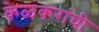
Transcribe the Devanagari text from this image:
केळकरांची